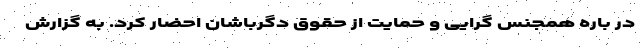
در باره همجنس گرایی و حمایت از حقوق دگرباشان احضار کرد. به گزارش